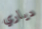
دياري